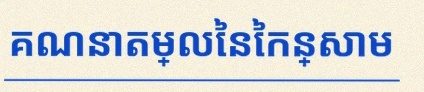
គណនាតម្លៃនៃកន្សោម